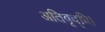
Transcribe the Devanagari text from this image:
अतिवृद्धि।